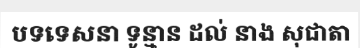
បទទេសនា ទូន្មាន ដល់ នាង សុជាតា